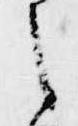
之